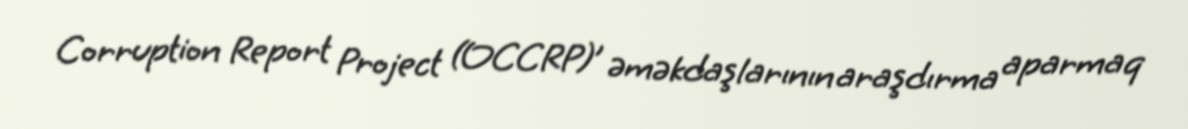
Corruption Report Project (OCCRP)’ əməkdaşlarının araşdırma aparmaq